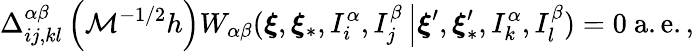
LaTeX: \Delta_{ij,kl}^{\alpha\beta}\left(\mathcal{M}^{-1/2}h\right)W_{\alpha\beta}(\boldsymbol{\xi},\boldsymbol{\xi}_{\ast},I_{i}^{\alpha},I_{j}^{\beta}\left\vert\boldsymbol{\xi}^{\prime},\boldsymbol{\xi}_{\ast}^{\prime},I_{k}^{\alpha},I_{l}^{\beta}\right.)=0\mathrm{~a.e.,}